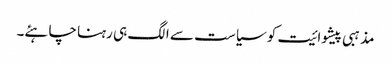
مذہبی پیشوائیت کو سیاست سے الگ ہی رہنا چاہئے۔